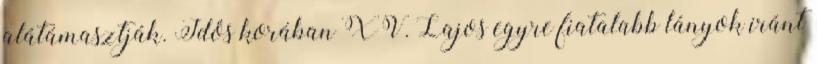
alátámasztják. Idős korában XV. Lajos egyre fiatalabb lányok iránt